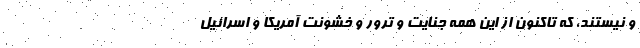
و نیستند، که تاکنون از این همه جنایت و ترور و خشونت آمریکا و اسرائیل